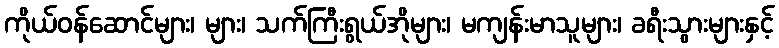
ကိုယ်ဝန်ဆောင်များ၊ များ၊ သက်ကြီးရွယ်အိုများ၊ မကျန်းမာသူများ၊ ခရီးသွားများနှင့်